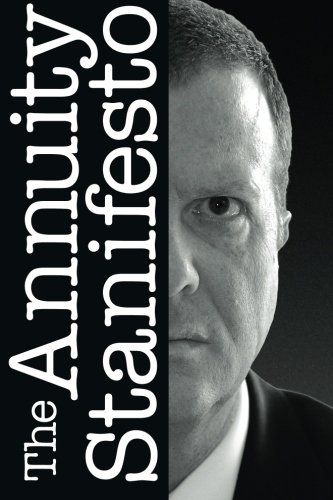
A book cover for The Annuity Stanifesto; Stan G. Haithcock; Business & Money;